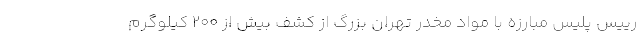
رییس پلیس مبارزه با مواد مخدر تهران بزرگ از کشف بیش از ۲۰۰ کیلوگرم